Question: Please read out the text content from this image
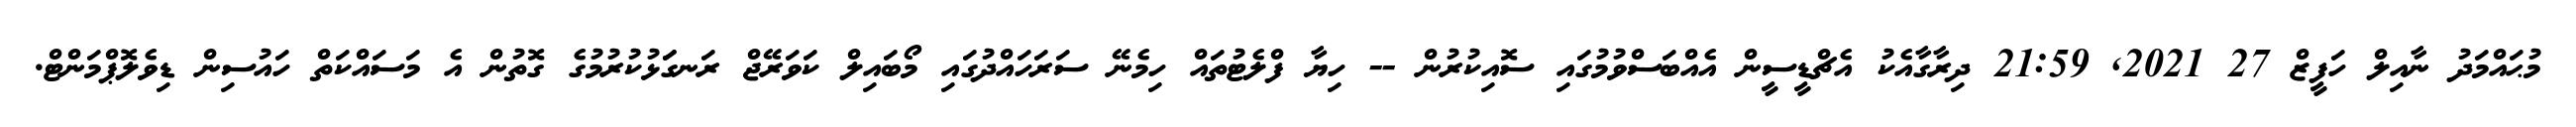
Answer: މުޙައްމަދު ނާއިލް ހަފީޒް 27 2021, 21:59 ދިރާގާއެކު އެޗްޑީސީން އެއްބަސްވުމުގައި ސޮއިކުރުން -- ހިޔާ ފްލެޓުތައް ހިމެނޭ ސަރަހައްދުގައި މޯބައިލް ކަވަރޭޖް ރަނގަަޅުކުރުމުގެ ގޮތުން އެ މަސައްކަތް ހައުސިން ޑިވެލޮޕްމަންޓް.